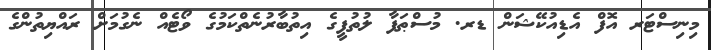
މިނިސްޓަރ އޮފް އެޑިއުކޭޝަން ޑރ. މުސްޠަފާ ލުތުފީގެ އިތުބާރުނެތްކަމުގެ ވޯޓެއް ނެގުމަށް ރައްޔިތުންގެ